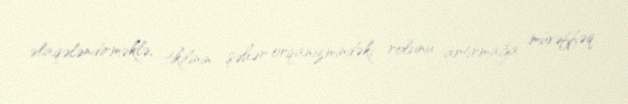
əlaqələndirməklə, tikilinin şəhər orqanizmindəki rolunu artırmağa müvəffəq